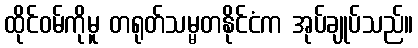
ထိုင်ဝမ်ကိုမူ တရုတ်သမ္မတနိုင်ငံက အုပ်ချုပ်သည်။